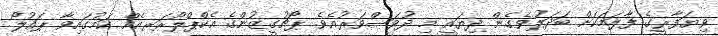
ވިޔަފާރީގެ ފާލަމަކަށް ބަދަލުވެގެން ދިޔައީ މި ދުވަސްވަރުއެވެ. ޕޯޗުގީޒުންގެ އެކްޕްލޯރަރއެއް ކަމުގައިވާ ޕައުލޯ